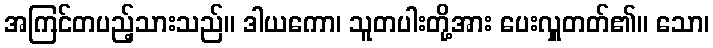
အကြင်တပည့်သားသည်။ ဒါယကော၊ သူတပါးတို့အား ပေးလှူတတ်၏။ သော၊